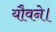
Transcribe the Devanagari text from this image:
यौवने।